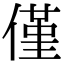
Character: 僅